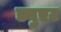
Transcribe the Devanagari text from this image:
ड्युएट